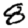
Digit: 8